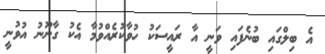
އެ ބިލްގައި ބުނެފައި ވަނީ އާ ރައީސަކު ހުވާކުރެއްވުމާ އެކު ގާނޫނު އުވުނީ